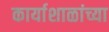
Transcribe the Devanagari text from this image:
कार्याशाळांच्या